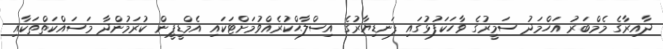
ދާއިރާގެ މެމްބަރު އަހްމަދު ސަމީރުގެ ވާހަކަފުޅުގައި ފަނޑިޔާރުގެ އިސްލާޙްކުރެއްވުމަށްޓަކައި އެމްޑީޕީން ކުރަމުންދާ މަސައްކަތްތަކާއި